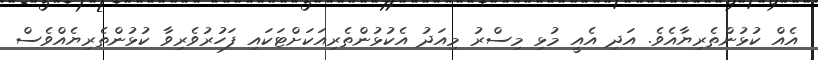
އެއް ކުޅުންތެރިޔާއެވެ. އަދި އެއީ މުޅި މިސްރު މިއަދު އެކުޅުންތެރިއަކަށްޓަކައި ފަހުރުވެރިވާ ކުޅުންތެރިޔެއްވެސް